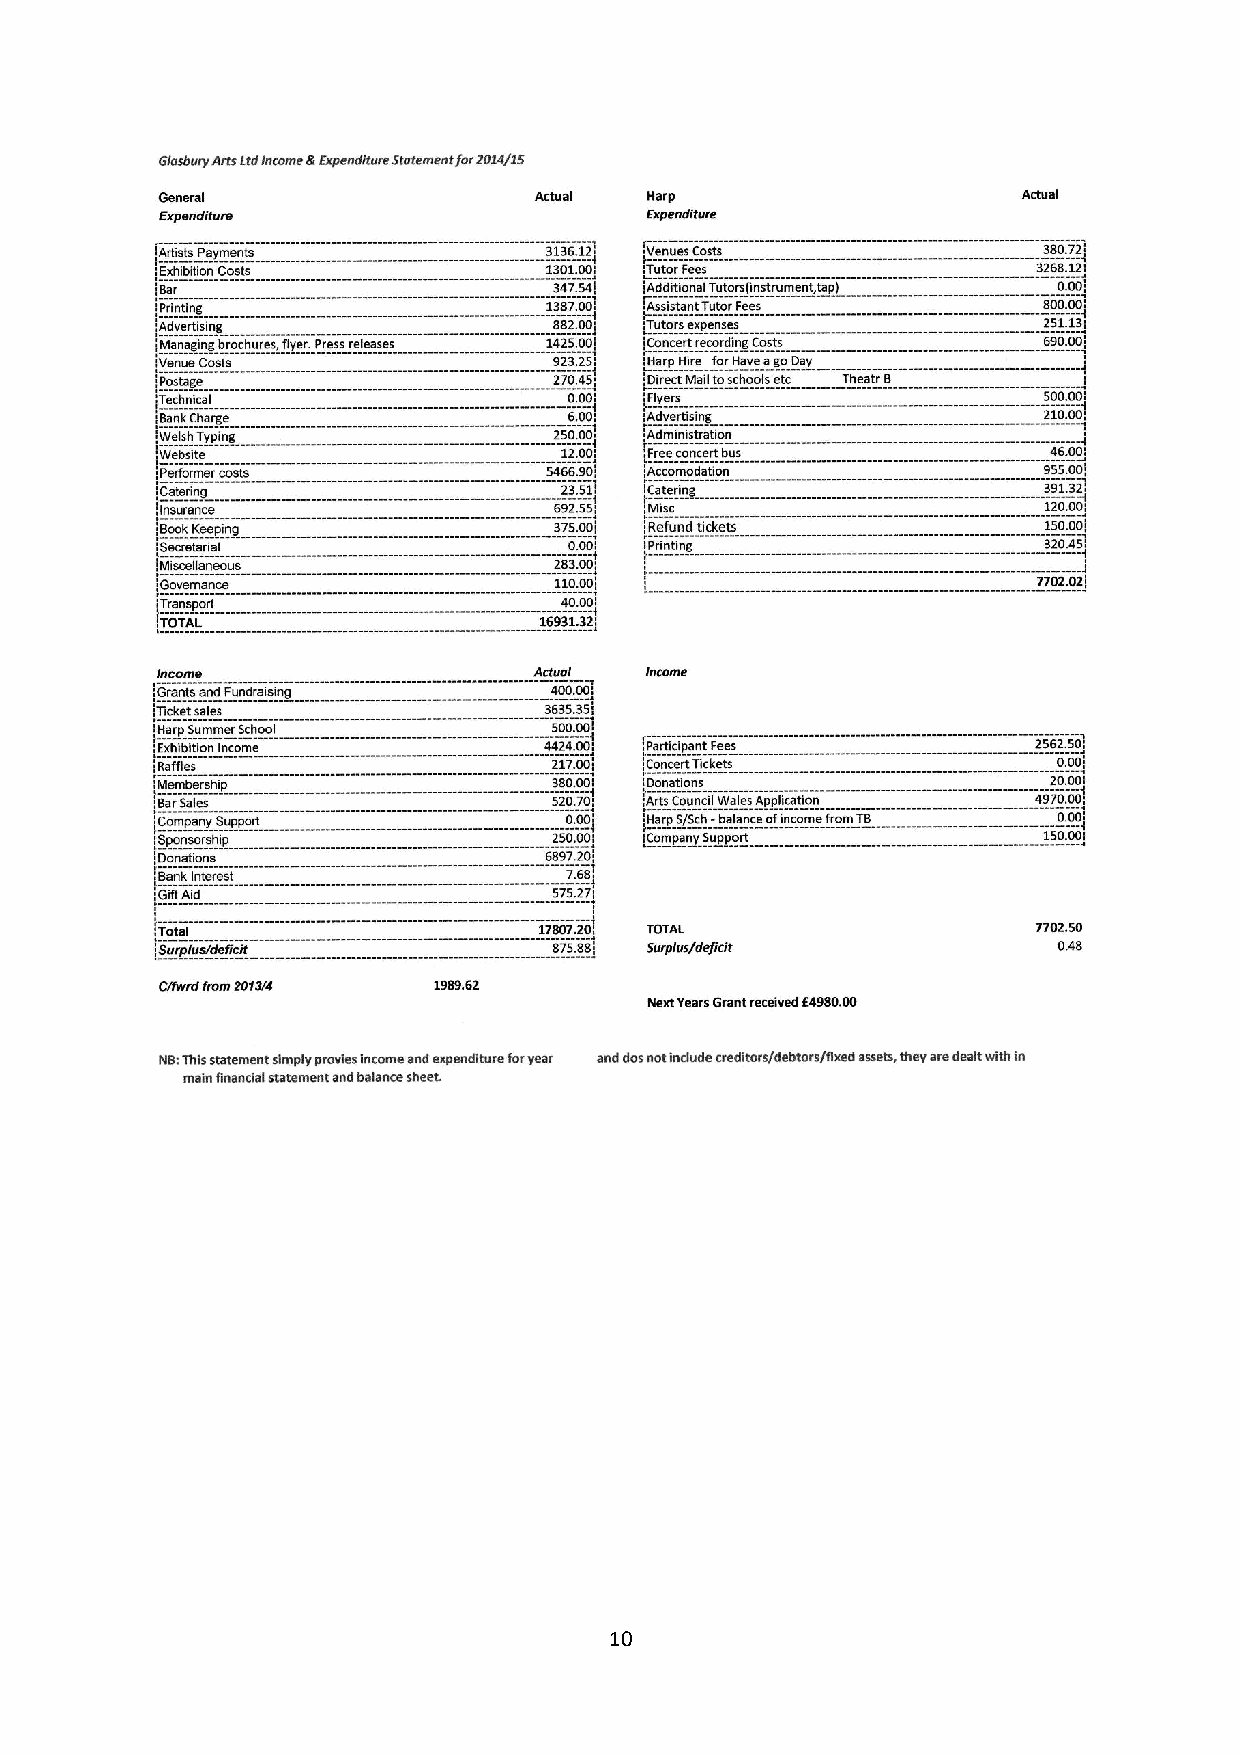
10